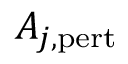
A _ { j , \mathrm { p e r t } }